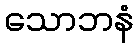
သောဘနံ